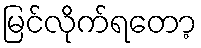
မြင်လိုက်ရတော့